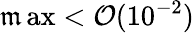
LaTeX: \operatorname*{\mathfrak{m}ax}<\mathcal{{O}}(10^{-2})